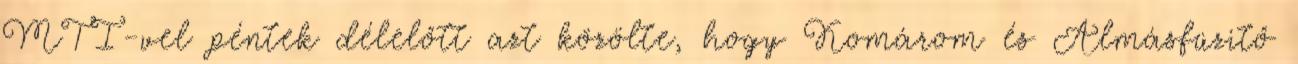
MTI-vel péntek délelőtt azt közölte, hogy Komárom és Almásfüzitő